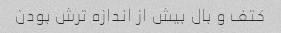
کتف و بال بیش از اندازه ترش بودن